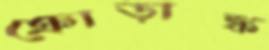
ক্রোড়াঙ্ক